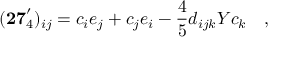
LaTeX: ( \mathbf { 2 7 } _ { 4 } ^ { \prime } ) _ { i j } = c _ { i } e _ { j } + c _ { j } e _ { i } - { \frac { 4 } { 5 } } d _ { i j k } Y c _ { k } \quad ,